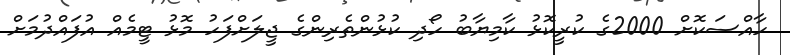
ހާއްސަކޮށް 2000ގެ ކުރީކޮޅު ކާމިޔާބު ހޯދި ކުޅުންތެރިންގެ ޖީލަށްފަހު މޮޅު ޓީމެއް އުފައްދުމަށް